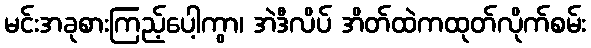
မင်းအခုစားကြည့်ပေါ့ကွာ၊ အဲဒီလိပ် အိတ်ထဲကထုတ်လိုက်စမ်း